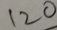
1 2 0